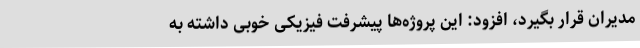
مدیران قرار بگیرد، افزود: این پروژه‌ها پیشرفت فیزیکی خوبی داشته به